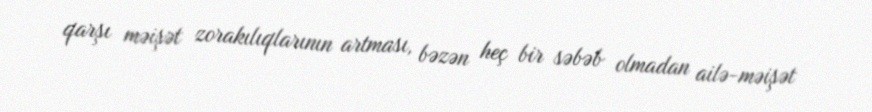
qarşı məişət zorakılıqlarının artması, bəzən heç bir səbəb olmadan ailə-məişət